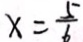
x = \frac { 5 } { 6 }